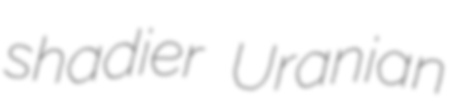
shadier Uranian